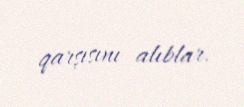
qarşısını alıblar.